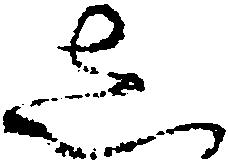
し